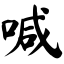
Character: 喊